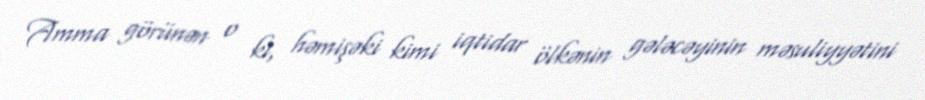
Amma görünən o ki, həmişəki kimi iqtidar ölkənin gələcəyinin məsuliyyətini